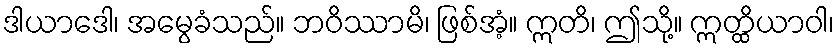
ဒါယာဒေါ၊ အမွေခံသည်။ ဘဝိဿာမိ၊ ဖြစ်အံ့။ ဣတိ၊ ဤသို့။ ဣတ္ထိယာဝါ၊